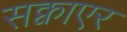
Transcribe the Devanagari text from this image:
सक्वाएर